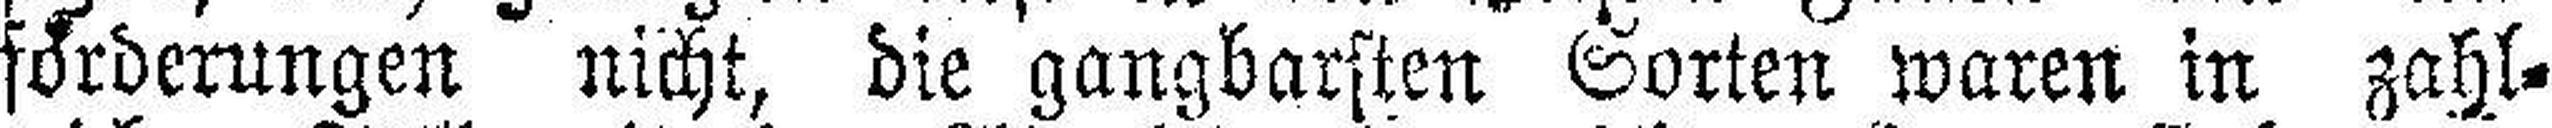
forderungen nicht, die gangbarsten Sorten waren in zahl¬